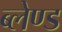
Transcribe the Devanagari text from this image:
ब्लेण्ड